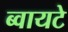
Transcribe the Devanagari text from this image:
ब्वायटे